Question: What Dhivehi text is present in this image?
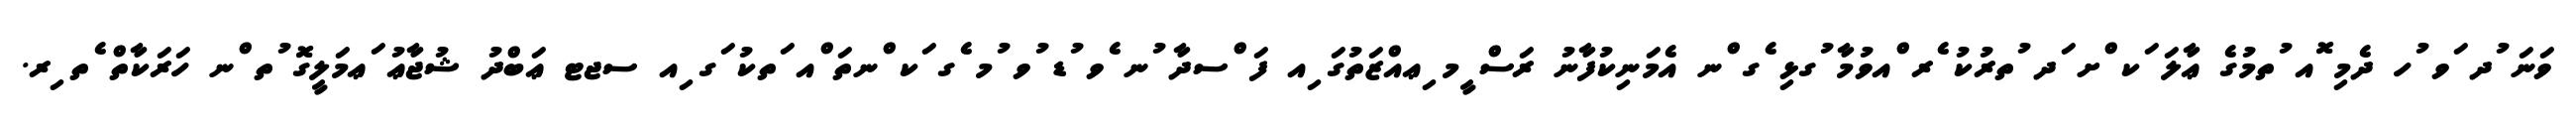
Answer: ވަނަ ުދ ަވ ުހ ދެމި ޮއ ުތމުގެ ޢާލަ ަކ ްށ ަދ ުތރުކު ެރ ްއވުމާ ުގޅި ެގ ްނ އެމަނިކުފާނު ރަސް ީމ ިޢއްޒަތުގަ ިއ ފަ ްސދާ ުނ ެވ ުޑ ުވ ުމ ެގ ަކ ްނތަ ްއ ަތކު ަގ ިއ ސޖޓ ޢަބްދު ޝުޖާޢު ަޢމަލީގޮ ުތ ްނ ހަރަކާތް ެތ ިރ.